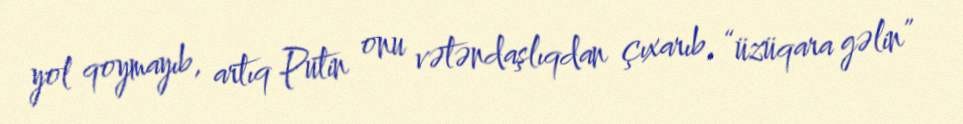
yol qoymayıb, artıq Putin onu vətəndaşlıqdan çıxarıb, “üzüqara gəlin”